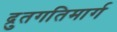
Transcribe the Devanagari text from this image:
द्रुतगतिमार्ग